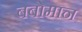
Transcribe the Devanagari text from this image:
बबोमान